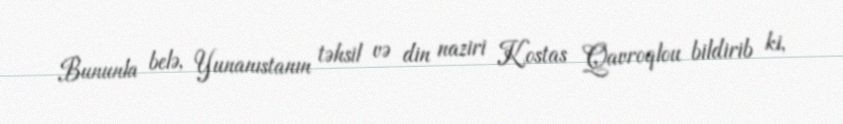
Bununla belə, Yunanıstanın təhsil və din naziri Kostas Qavroqlou bildirib ki,